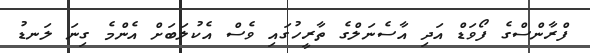
ފްރާންސްގެ ފޯވަޑް އަދި އާސެނަލްގެ ތާރީހުގައި ވެސް އެކުލަބަށް އެންމެ ގިނަ ލަނޑު